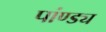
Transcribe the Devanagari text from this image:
पांण्ड्य